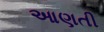
આણતી